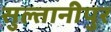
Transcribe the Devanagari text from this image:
सुल्तानीपुर